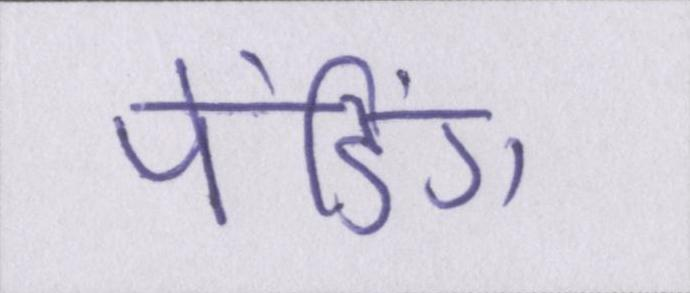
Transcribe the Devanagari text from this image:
पेंडिंग